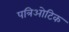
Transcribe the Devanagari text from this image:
पत्रिओटिक